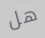
هل